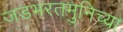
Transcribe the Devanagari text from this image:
जडभरतमुनिच्या